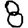
Digit: 8